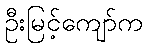
ဦးမြင့်ကျော်က